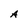
Character: A